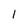
Character: 1